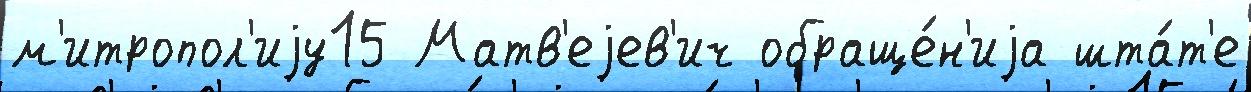
м'итропол'иjу15 Матв'еjев'ич обраще́н'иjа шта́т'е